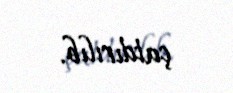
çatdırılıb.